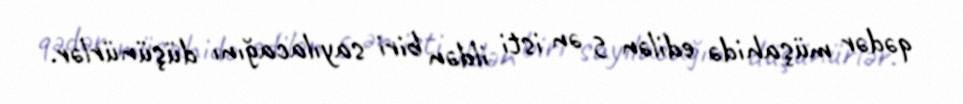
qədər müşahidə edilən 5 ən isti ildən biri sayılacağını düşünürlər.